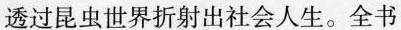
透过昆虫世界折射出社会人生。全书